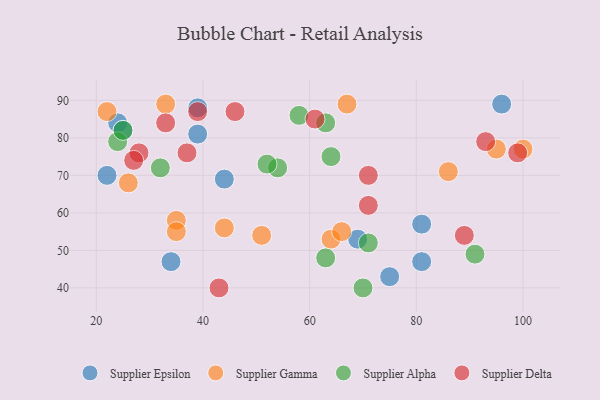
{"axis": {"x": "GDP", "y": "Life Expectancy"}, "legend": ["Supplier Alpha", "Supplier Delta", "Supplier Epsilon", "Supplier Gamma"], "data": [{"x": "75", "y": 43, "type": "Supplier Epsilon"}, {"x": "81", "y": 47, "type": "Supplier Epsilon"}, {"x": "39", "y": 81, "type": "Supplier Epsilon"}, {"x": "69", "y": 53, "type": "Supplier Epsilon"}, {"x": "24", "y": 84, "type": "Supplier Epsilon"}, {"x": "96", "y": 89, "type": "Supplier Epsilon"}, {"x": "81", "y": 57, "type": "Supplier Epsilon"}, {"x": "22", "y": 70, "type": "Supplier Epsilon"}, {"x": "25", "y": 82, "type": "Supplier Epsilon"}, {"x": "39", "y": 88, "type": "Supplier Epsilon"}, {"x": "44", "y": 69, "type": "Supplier Epsilon"}, {"x": "34", "y": 47, "type": "Supplier Epsilon"}, {"x": "67", "y": 89, "type": "Supplier Gamma"}, {"x": "86", "y": 71, "type": "Supplier Gamma"}, {"x": "100", "y": 77, "type": "Supplier Gamma"}, {"x": "44", "y": 56, "type": "Supplier Gamma"}, {"x": "64", "y": 53, "type": "Supplier Gamma"}, {"x": "33", "y": 89, "type": "Supplier Gamma"}, {"x": "35", "y": 58, "type": "Supplier Gamma"}, {"x": "51", "y": 54, "type": "Supplier Gamma"}, {"x": "95", "y": 77, "type": "Supplier Gamma"}, {"x": "22", "y": 87, "type": "Supplier Gamma"}, {"x": "26", "y": 68, "type": "Supplier Gamma"}, {"x": "66", "y": 55, "type": "Supplier Gamma"}, {"x": "35", "y": 55, "type": "Supplier Gamma"}, {"x": "63", "y": 84, "type": "Supplier Alpha"}, {"x": "71", "y": 52, "type": "Supplier Alpha"}, {"x": "58", "y": 86, "type": "Supplier Alpha"}, {"x": "54", "y": 72, "type": "Supplier Alpha"}, {"x": "64", "y": 75, "type": "Supplier Alpha"}, {"x": "91", "y": 49, "type": "Supplier Alpha"}, {"x": "32", "y": 72, "type": "Supplier Alpha"}, {"x": "24", "y": 79, "type": "Supplier Alpha"}, {"x": "52", "y": 73, "type": "Supplier Alpha"}, {"x": "25", "y": 82, "type": "Supplier Alpha"}, {"x": "70", "y": 40, "type": "Supplier Alpha"}, {"x": "63", "y": 48, "type": "Supplier Alpha"}, {"x": "33", "y": 84, "type": "Supplier Delta"}, {"x": "99", "y": 76, "type": "Supplier Delta"}, {"x": "39", "y": 87, "type": "Supplier Delta"}, {"x": "93", "y": 79, "type": "Supplier Delta"}, {"x": "37", "y": 76, "type": "Supplier Delta"}, {"x": "71", "y": 62, "type": "Supplier Delta"}, {"x": "46", "y": 87, "type": "Supplier Delta"}, {"x": "61", "y": 85, "type": "Supplier Delta"}, {"x": "43", "y": 40, "type": "Supplier Delta"}, {"x": "89", "y": 54, "type": "Supplier Delta"}, {"x": "71", "y": 70, "type": "Supplier Delta"}, {"x": "28", "y": 76, "type": "Supplier Delta"}, {"x": "27", "y": 74, "type": "Supplier Delta"}]}